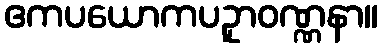
ဧကပယောကပဥှာဝဏ္ဏနာ။